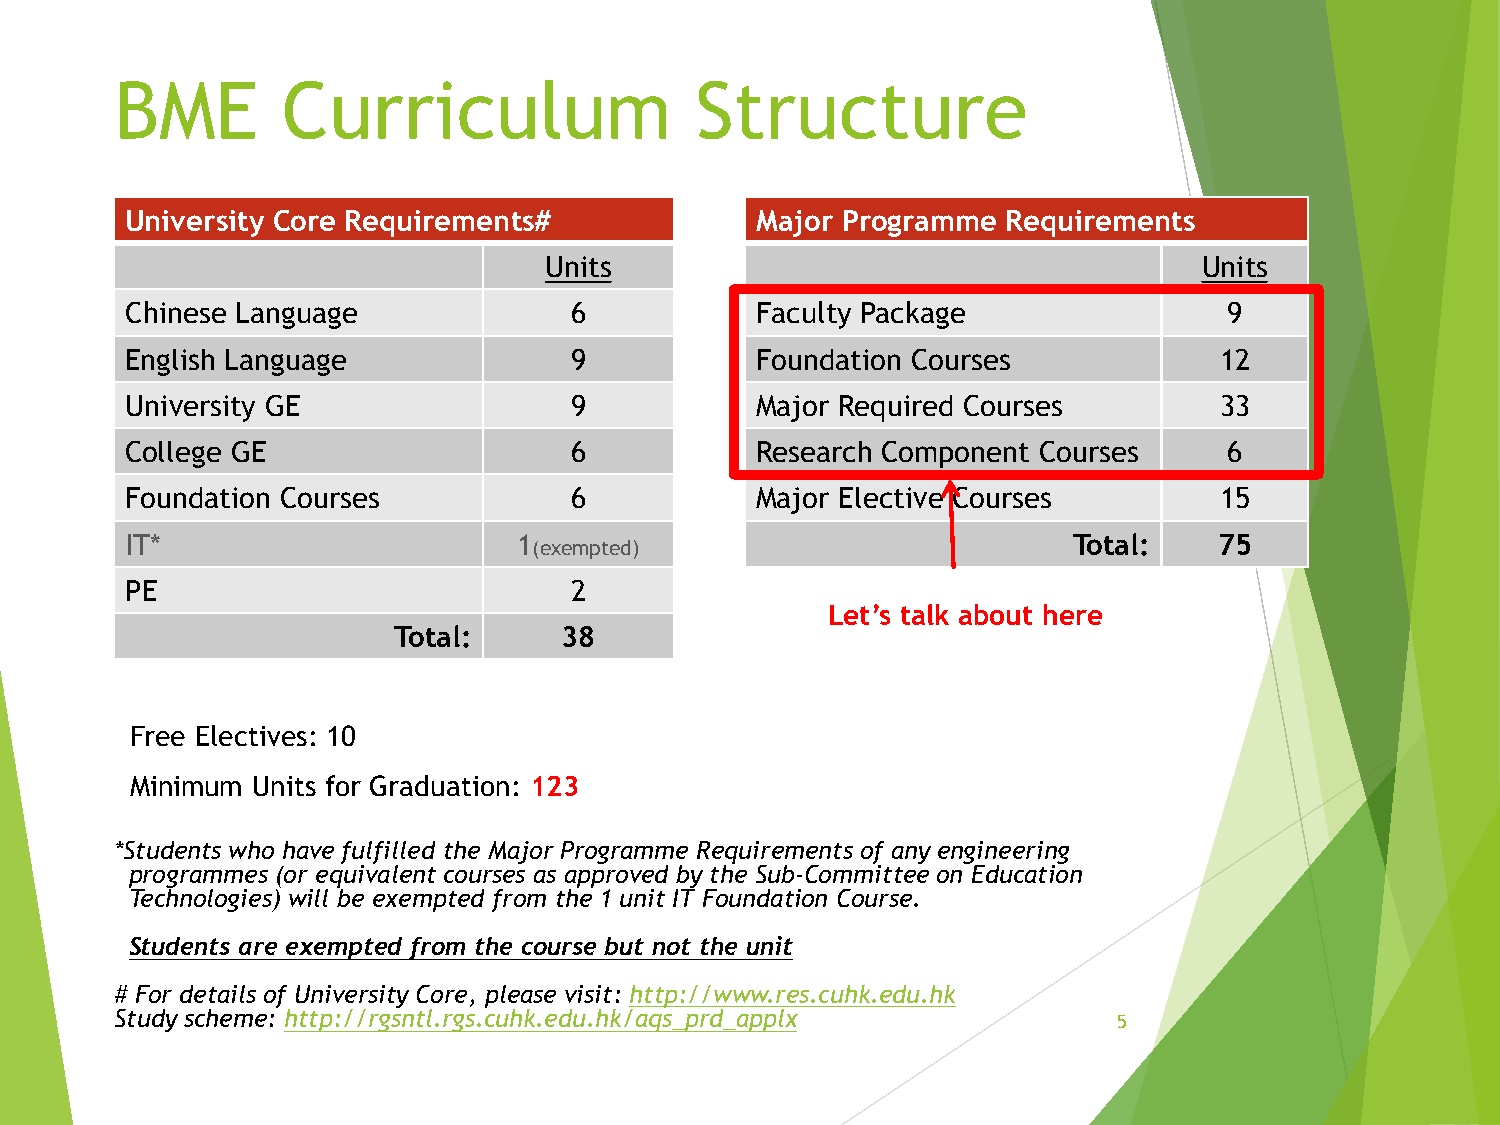
BME        Curriculum                 Structure
 University Core Requirements#             Major Programme  Requirements
 Units                                       Units
 Chinese Language              6           Faculty Package                9
 English Language              9           Foundation Courses             12
 University GE                 9           Major Required Courses         33
 College GE                    6           Research Component Courses     6
 Foundation Courses            6           Major Elective Courses         15
 IT*                       1                                    Total:    75
 (exempted)
 PE                            2
 Let’s talk about here
 Total:     38
 Free Electives: 10
 Minimum Units for Graduation: 123
 *Students who have fulfilled the Major Programme Requirements of any engineering
 programmes (or equivalent courses as approved by the Sub-Committee on Education
 Technologies) will be exempted from the 1 unit IT Foundation Course.
 Students are exempted from the course but not the unit
 # For details of University Core, please visit: http://www.res.cuhk.edu.hk
 Study scheme: http://rgsntl.rgs.cuhk.edu.hk/aqs_prd_applx
 5